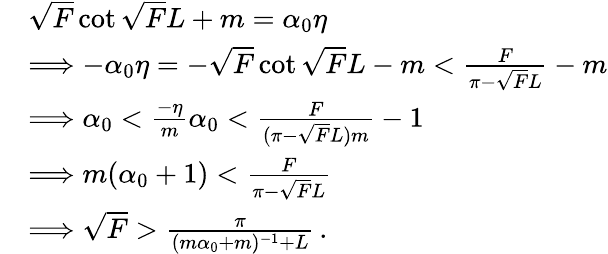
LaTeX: \begin{array}{rl}&{\sqrt{F}\cot\sqrt{F}L+m=\alpha_{0}\eta}\\ &{\Longrightarrow-\alpha_{0}\eta=-\sqrt{F}\cot\sqrt{F}L-m<\frac{F}{\pi-\sqrt{F}L}-m}\\ &{\Longrightarrow\alpha_{0}<\frac{-\eta}{m}\alpha_{0}<\frac{F}{(\pi-\sqrt{F}L)m}-1}\\ &{\Longrightarrow m(\alpha_{0}+1)<\frac{F}{\pi-\sqrt{F}L}}\\ &{\Longrightarrow\sqrt{F}>\frac{\pi}{(m\alpha_{0}+m)^{-1}+L}\, .}\end{array}